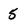
Character: 5